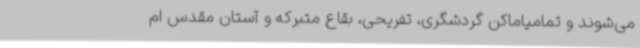
می‌شوند و تمامیاماکن گردشگری، تفریحی، بقاع متبرکه و آستان مقدس ام